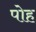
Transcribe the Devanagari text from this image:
पोह